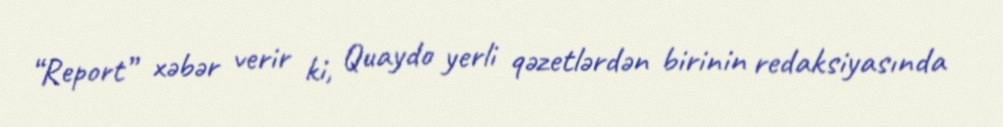
“Report” xəbər verir ki, Quaydo yerli qəzetlərdən birinin redaksiyasında